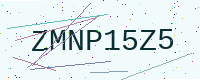
Text: ZMNP15Z5